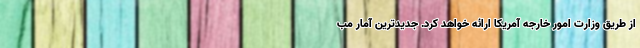
از طریق وزارت امور خارجه آمریکا ارائه خواهد کرد. جدیدترین آمار مب